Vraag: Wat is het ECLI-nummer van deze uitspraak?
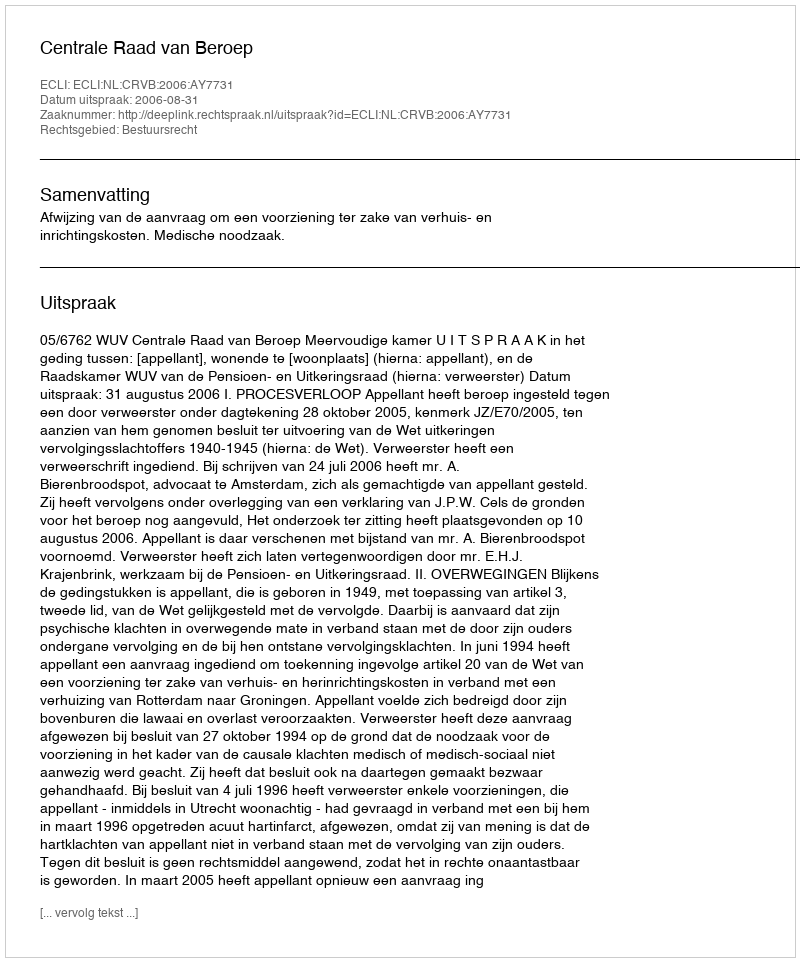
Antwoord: ECLI:NL:CRVB:2006:AY7731